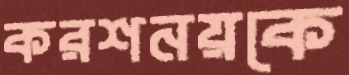
করশনয়কে